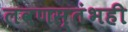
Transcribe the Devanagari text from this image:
लवणस्तंभही